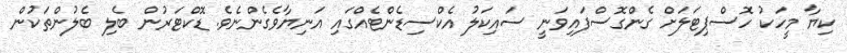
ކިޔާ މީހަކު ހޮސްޕިޓަލަށް ގެންގޮސްފައިވަނީ ސައިކަލު އެކްސިޑެންޓެއްގައި އަނިޔާވެގެންނެވެ. ޑޮކްޓަރުން ބެލި ބެލުންތަކުން